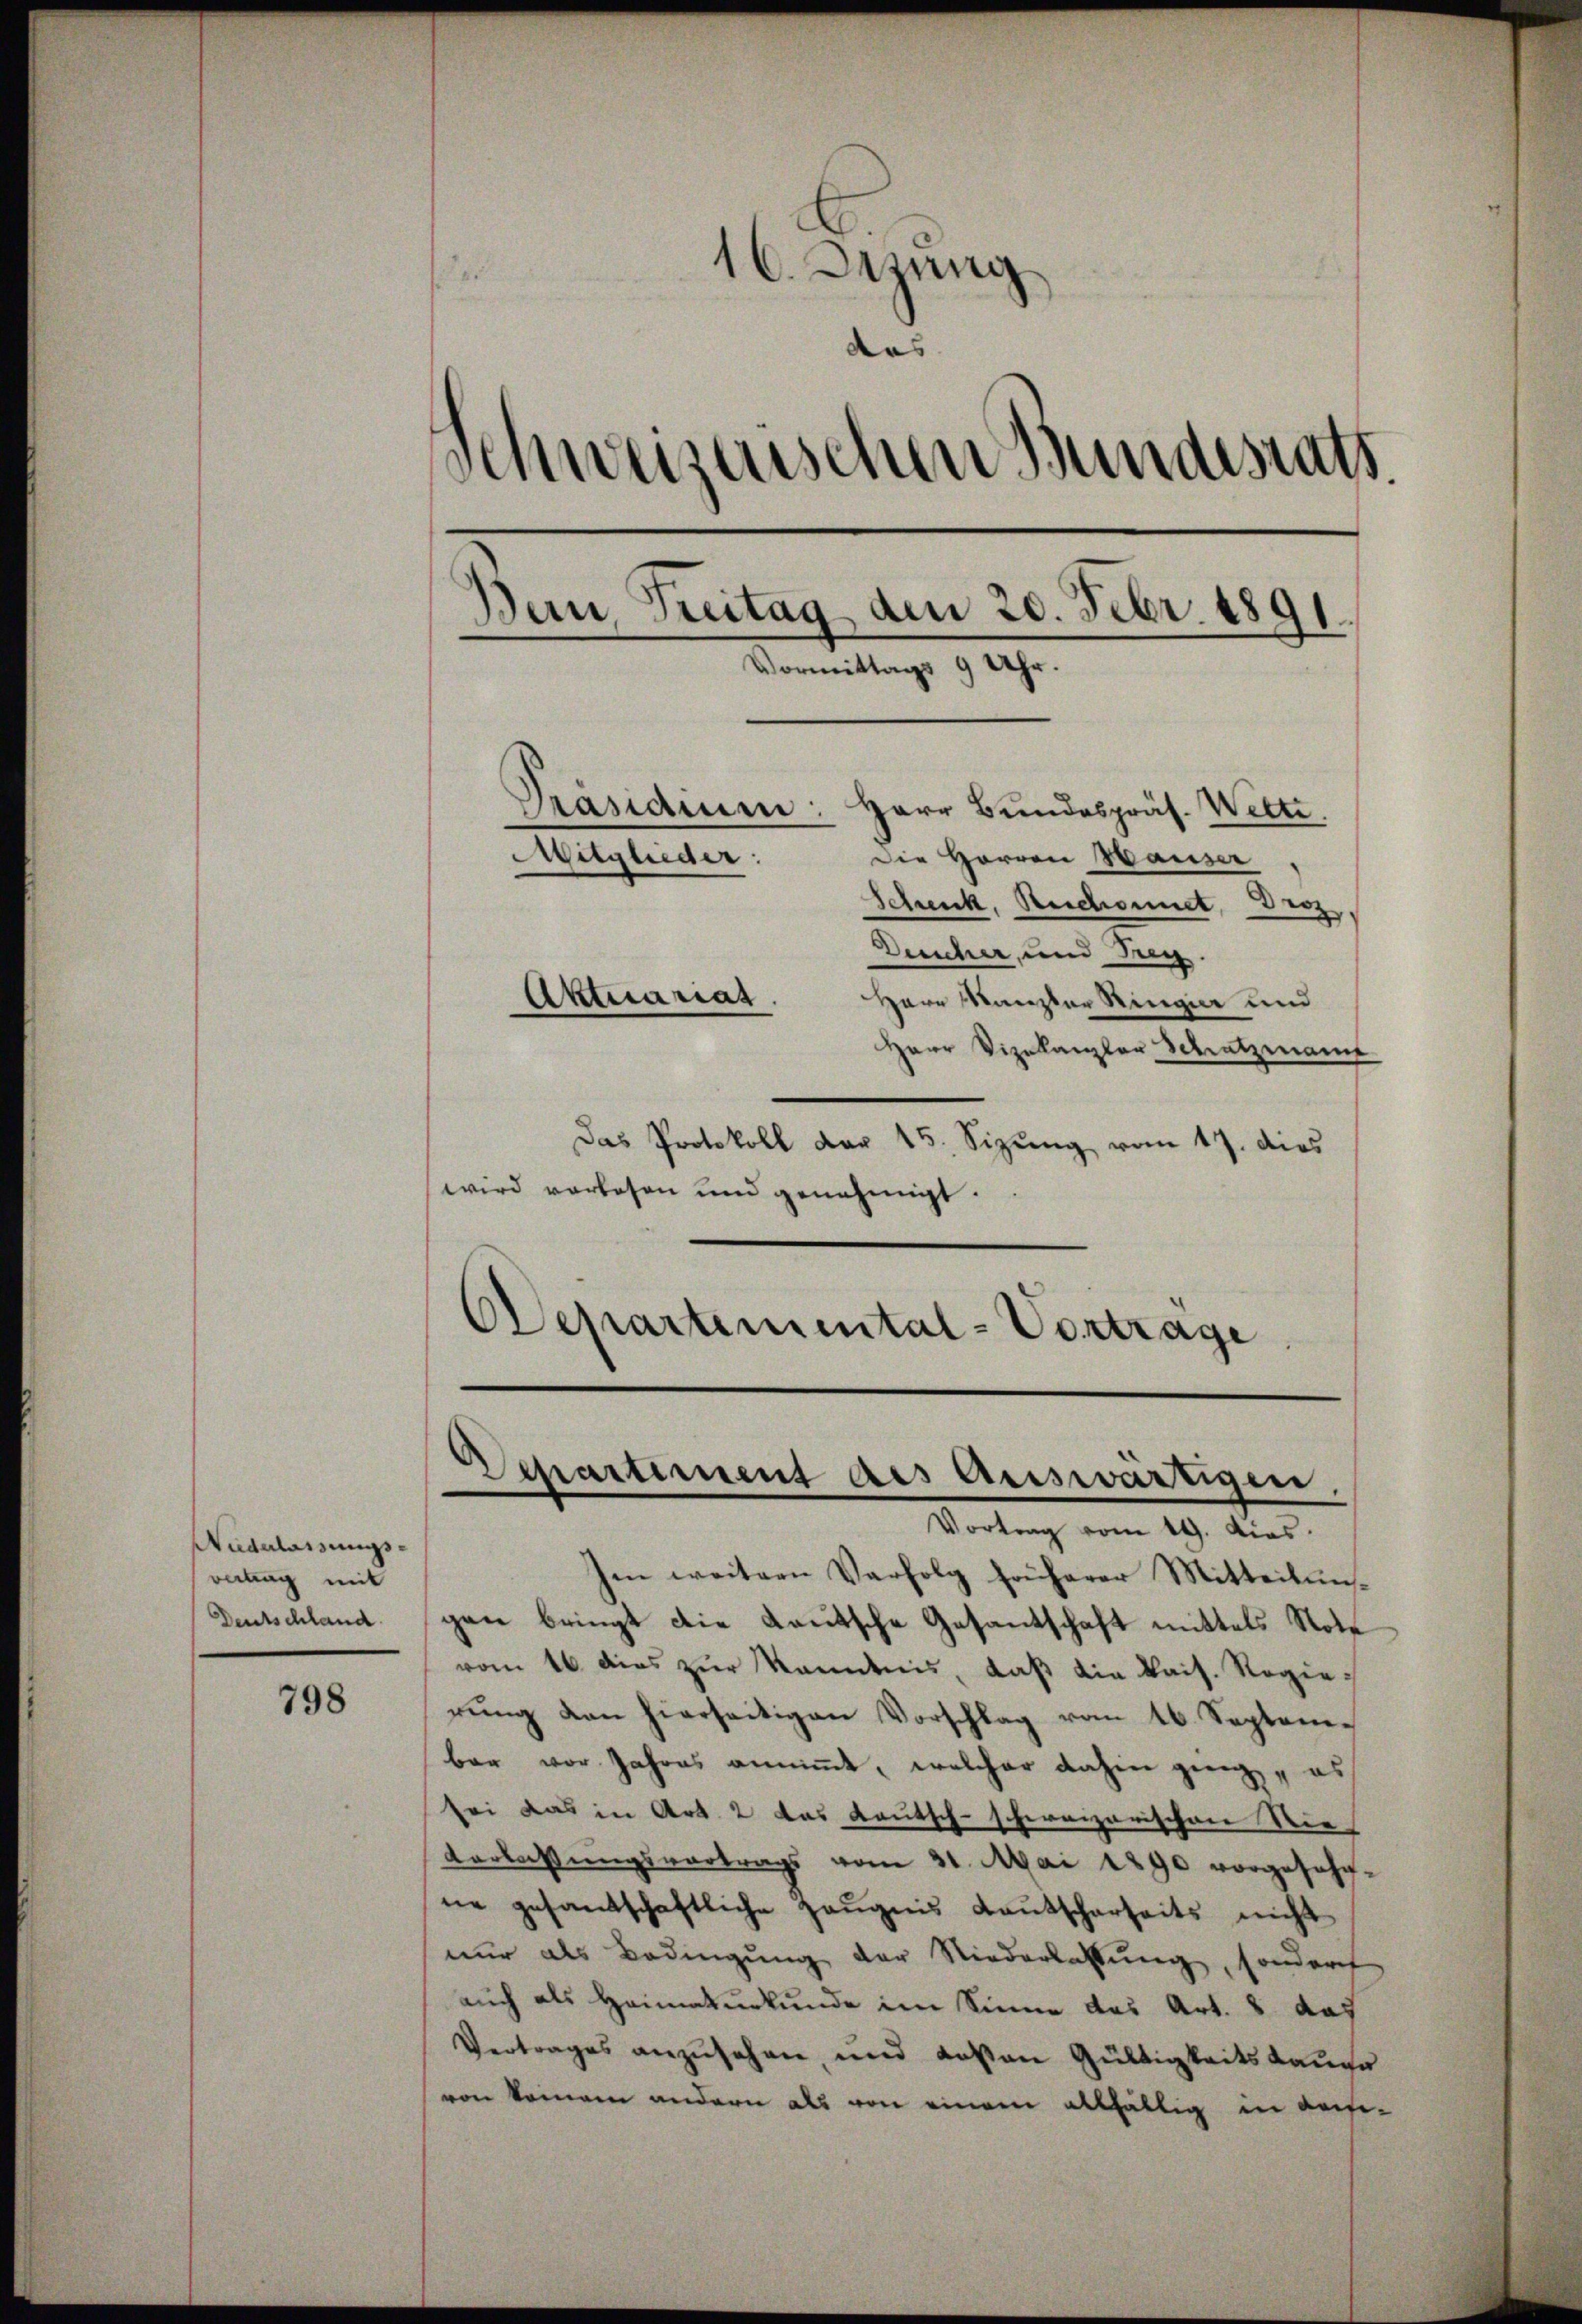
Widerlassungs-
vertrag mit
Deutschland.

798

16. Jung
das
Schweizerischen Bundesrath
Ban Treitag den 20. Febr. 1891.
Vormittags 9 Uhr.
Prasidium: Herr Bundespräs. Welti.
Mitglieder:
Die Herren Hauser
Schenk, Reichnet, Derz
Deucher, und Frey.

Herr Manzler Ringier und
Herr Vizekanzler Schutzmann
Das Protokoll der 15. Sizŭng vom 17. dies
wird vorlesen und genehmigt.
Departemental-Vortrage

Aktuariat.

d
Departement des Auswärtigen
Vortrag vom 19. Dias.

Im weitern Verfolg früherer Mitteilŭng
gen bringt die Lautsche Gesantschaft mittels Note
vom 16 dies zŭr Kenntnis, daβ die kais. Regierung von hierseitigen Vorschlag vom 16. Septembar vor Jahres annimmt, welcher dahen ging, es
sei das in Art. 2 das Kautsch-schweizerischen Nie
Verlassungsvortrags vom 31. Mai 1890 vorgesehene gesandschaftliche Zeŭgnis Kautscharseits nicht
nur als Bedingung der Niederlassung, sondert
auch als Heimaturkunde im Sinne das Art. 8 das
Vertrages anzusehen, und deßen Gültigkeitsdauer
von kommen andern als von einem allfällig in defi-